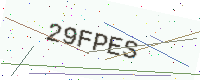
Text: 29FPES